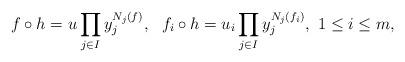
LaTeX: \begin{align*}f\circ h=u\prod_{j\in I}y_j^{N_j(f)},\ \ f_i\circ h=u_i\prod_{j\in I}y_j^{N_j(f_i)},\ 1\leq i\leq m,\end{align*}